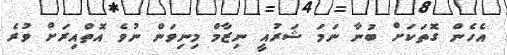
އެހެން ގޮތަކަށް ބުނާ ނަމަ ޝަރުއީ ނިޒާމް މިނިވަން ނުވެ އޮތްއިރަށް ވުރެ